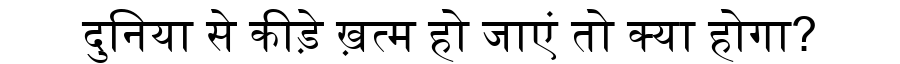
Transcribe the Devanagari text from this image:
दुनिया से कीड़े ख़त्म हो जाएं तो क्या होगा?